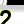
Digit: 2